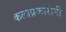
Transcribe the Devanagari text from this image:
कलाप्रकारांनी